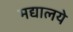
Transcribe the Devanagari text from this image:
मद्यालये